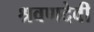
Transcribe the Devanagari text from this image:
श्रवणदेवी